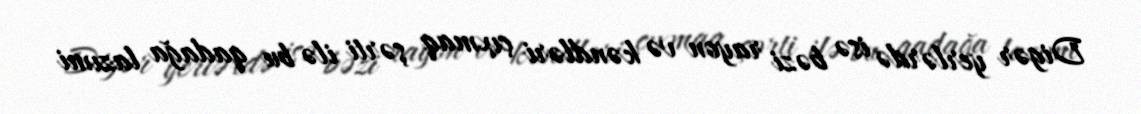
Digər yerlərdə isə bəzi rayon və kəndləri çıxmaq şərti ilə bu qadağa lazımi